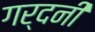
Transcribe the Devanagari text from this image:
गर्दनी